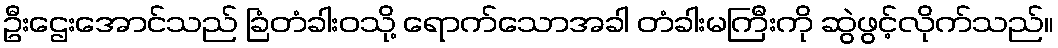
ဦးဌေးအောင်သည် ခြံတံခါးဝသို့ ရောက်သောအခါ တံခါးမကြီးကို ဆွဲဖွင့်လိုက်သည်။